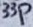
Text: 33p